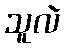
သူလဲ